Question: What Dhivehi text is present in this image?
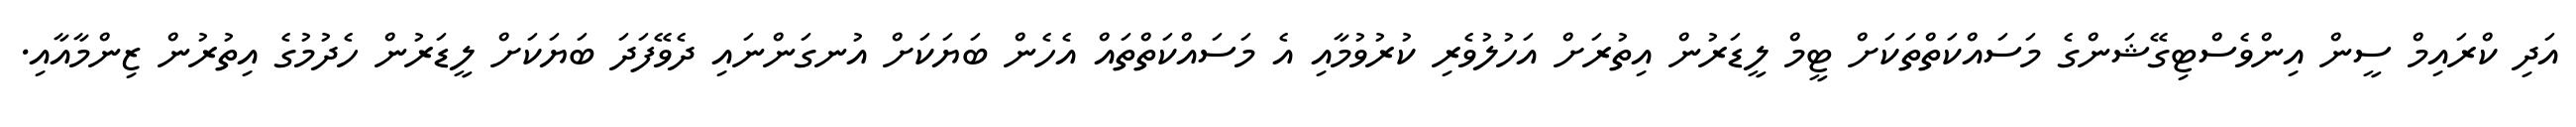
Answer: އަދި ކްރައިމް ސީން އިންވެސްޓިގޭޝަންގެ މަސައްކަތްތަކަށް ޓީމް ލީޑަރުން އިތުރަށް އަހުލުވެރި ކުރުވުމާއި އެ މަސައްކަތްތައް އެހެން ބަޔަކަށް އުނގަންނައި ދެވޭފަދަ ބަޔަކަށް ލީޑަރުން ހެދުމުގެ އިތުރުން ޒިންމާއާއި.